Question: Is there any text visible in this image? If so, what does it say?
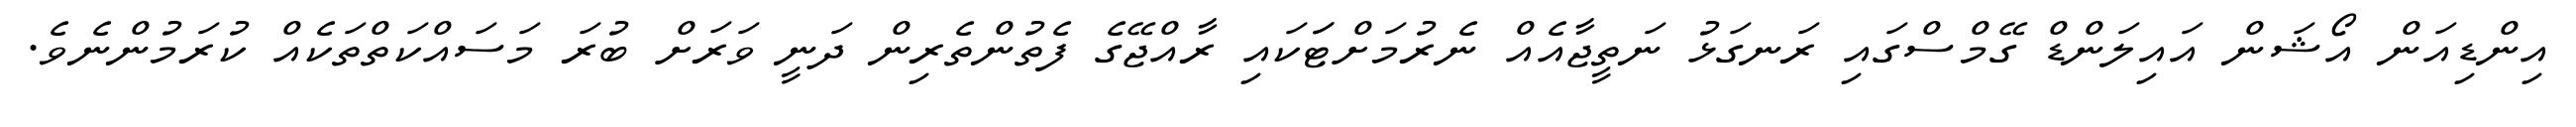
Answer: އިންޑިއަން އޯޝަން އައިލަންޑް ގޭމްސްގައި ރަނގަޅު ނަތީޖާއެއް ނެރުމަށްޓަަކައި ރާއްޖޭގެ ފެތުންތެރިން ދަނީ ވަރަށް ބުރަ މަސައްކަތްތަކެއް ކުރަމުންނެވެ.